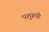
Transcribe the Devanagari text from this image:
पशुरूपी